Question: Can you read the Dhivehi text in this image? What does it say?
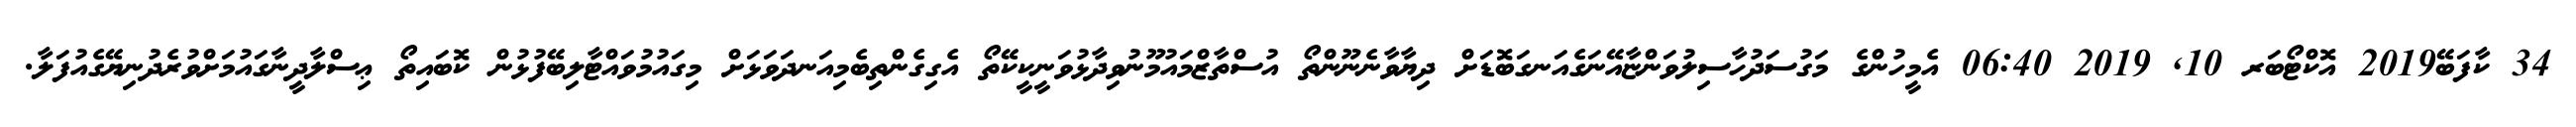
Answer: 34 ކާފަބޭ2019 އޮކްޓޯބަރ 10, 2019 06:40 އެމީހުންގެ މަގުސަދުހާސިލުވަންޏާއޭނަގެއަނގަބޮޑަށް ދިޔާވާނެނޫންތޯ އުސްތާޒްމައުމޫނުވިދާޅުވަނީކީކޭތޯ އެގިގެންތިބެމިއަނދަވަޅަށް މިގައުމުވައްޓާލިބޭފުޅުން ކޮބައިތޯ ޢިސްލާދީނާގައުމަށްވުރެދުނިޔޭގެއުފަލާ.